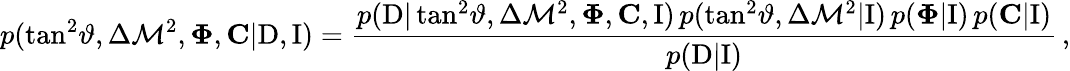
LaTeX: p(\tan^{2}\! \vartheta,\Delta{\mathcal{M}}^{2},\mathbf{{\Phi}},\mathbf{{C}}|\mathrm{{D}},\mathrm{{I}})=\frac{{p(\mathrm{{D}}|\tan^{2}\! \vartheta,\Delta{\mathcal{M}}^{2},\mathbf{{\Phi}},\mathbf{{C}},\mathrm{{I}})\, p(\tan^{2}\! \vartheta,\Delta{\mathcal{M}}^{2}|\mathrm{{I}})\, p(\mathbf{{\Phi}}|\mathrm{{I}})\, p(\mathbf{{C}}|\mathrm{{I}})}}{{p(\mathrm{{D}}|\mathrm{{I}})}}\, ,